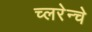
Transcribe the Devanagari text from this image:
च्लरेन्चे